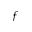
f